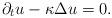
LaTeX: \begin{align*}\partial_t u-\kappa\Delta u=0.\end{align*}